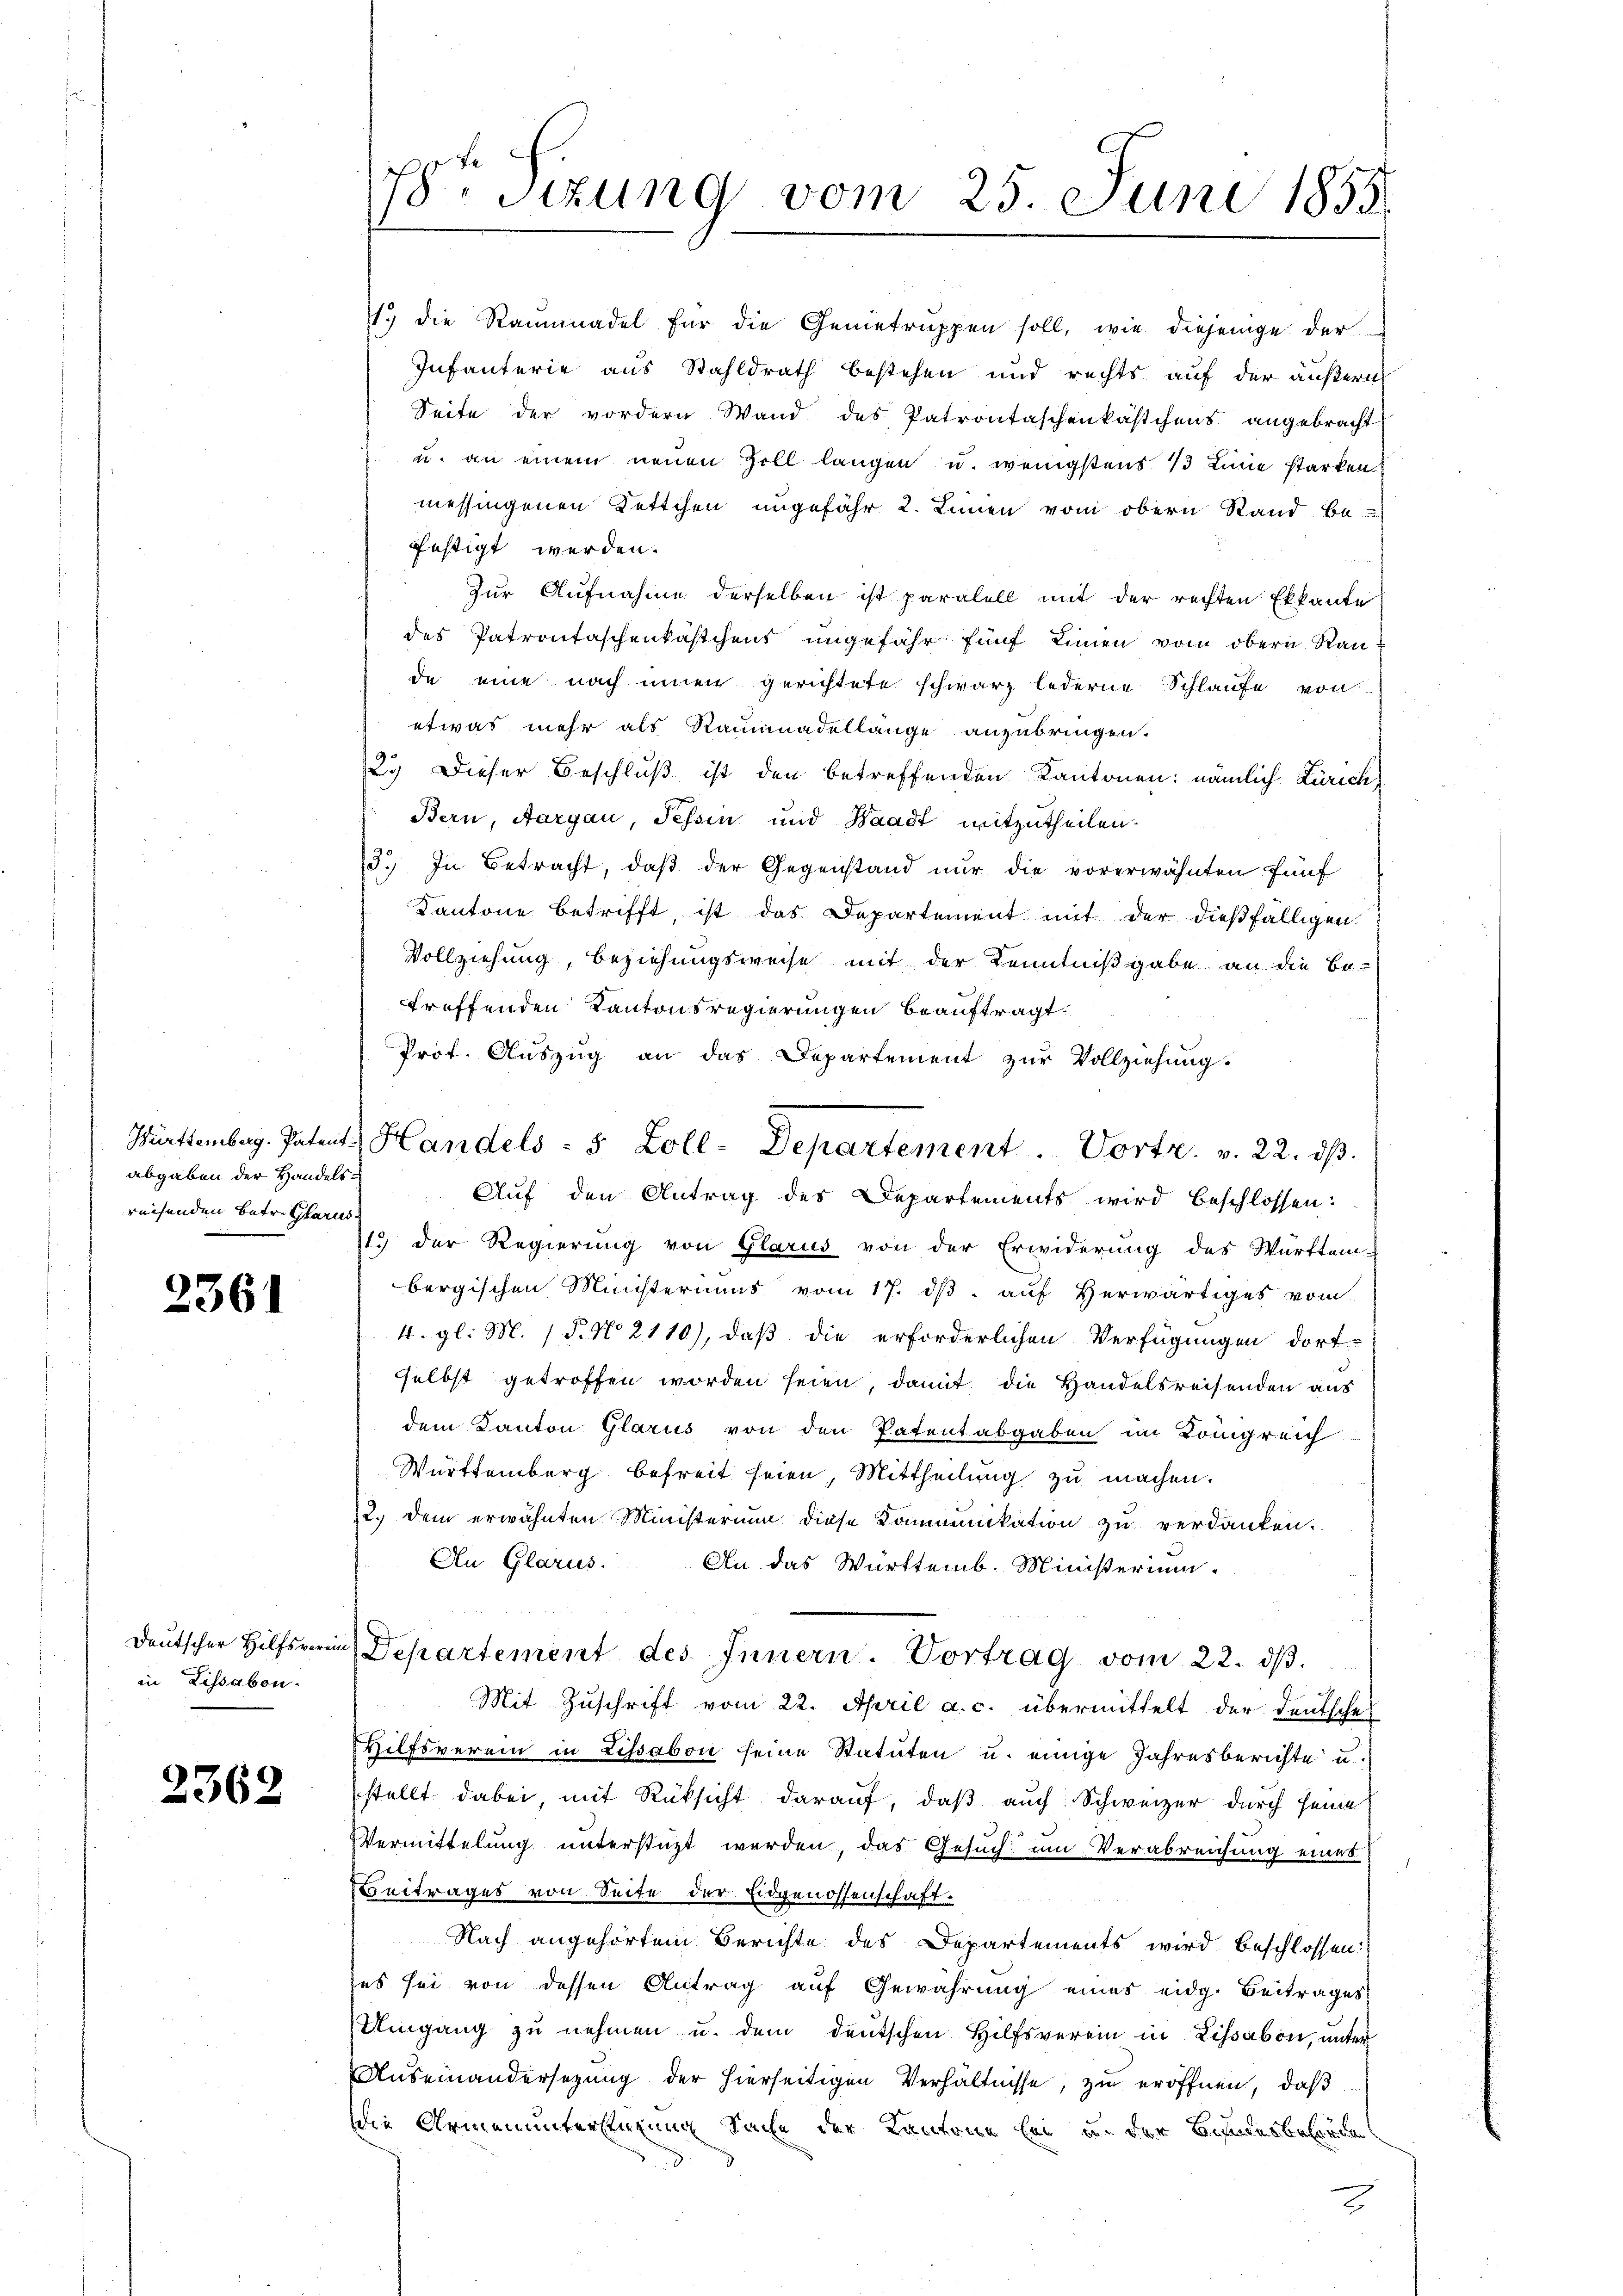
Württemberg. Patent.
abgaben der Handels.
reisenden Betr. Glarus

2361

Deutscher Hilfsverein
in Lissabon.

2362

78. Sizung vom 25. Juni 1855.

1.) die Ramadel für die Gemetrŭppen soll, wie diejenige der
Infanterie aus Stahldrath bestehen und rechts auf der äußern
Seite der vordern Wand des Patrontaschenkästchens angebracht
u. an einem neuen Zoll langen u. wenigstens 13 Linie starken.
messingenen Kettchen ungefähr 2. Innen vom obern Stand be-
fechtigt werden.
Zur Aufnahme derselben ist paralell mit der rechten Ekkante
des Patrontaschenkästchens ungefähr fünf Linien vom obern Raude eine nach innen gerichtete schwarz lederne Schlaufe von
etwas mehr als Rammenadellange anzubringen.
2.) Dieser Beschluß ist den betreffenden Kantonen: nämlich Zürich
Bern, Aargau, Tessin und Waadt mitzutheilen.
3. In Betracht, daβ der Gegenstand nur die vorerwähnten fünf
Kantone betrifft, ist das Departement mit der dießfälligen
Vollziehung, beziehungsweise mit der Kenntnißgabe an die Be-
treffenden Kantonsregierungen beauftragt.
Prof. Auszug an das Departement zur Vollziehung.
Auf den Antrag des Departements wird beschlossen:
11. der Regierŭng von Glarus von der Erwiderŭng des Württem-
bergischen Ministeriums vom 17. dβ. auf Herwärtiges vom
4. gl. M. 1 P. No 2110), daß die erforderlichen Verfügungen dortselbst getroffen worden seien, damit, die Handelsreisenden aus
dem Kanton Glarus von den Patentabgaben im Königreich
Württemberg befreit seien, Mittheilung zu machen.
12. dem erwähnten Ministerium diese Kommunikation zu verdanken.
Au Glarus. An das Württemb. Ministerium.
Departement des Innern. Vortrag vom 22. dβ.
Mit Zuschrift vom 22. April a. c. übermittelt der Deutsche
Hilfsverein in Lissabon seine Statuten u. einige Jahresberichte u.
stellt dabei, mit Rüksicht darauf, daß auch Schweizer durch seine
Vermittelung unterstüzt werden, das Gesuch um Verabreichung eines
Beitrages von Seite der Eidgenossenschaft.
Nach angehörtem Berichte des Departements wird beschlossen:
zes sei von dessen Antrag auf Gewährung eines eidg. Beitrages
Umgang zu nehmen u. dem deutschen Hilfsverein in Lissabon, unter
Auseinandersezung der hierseitigen Verhältnisse, zu eröffnen, daß
Die Armenunterstüzung Sache der Kantone sei in der Bundesbehörde

Handels- 5 Zoll-Departement Vortr. v. 22. dβ.